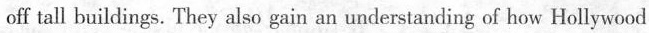
off tall buildings. They also gain an understanding of how Hollywood